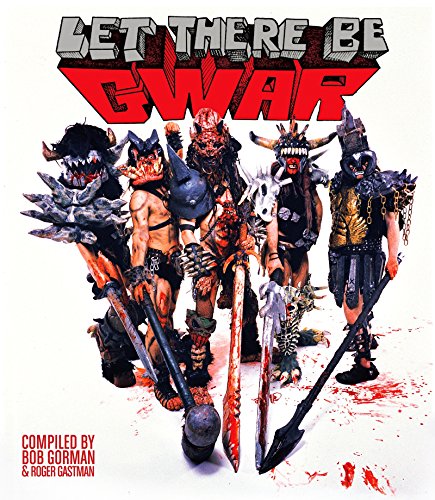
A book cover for Let There Be Gwar; Bob Gorman; Humor & Entertainment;